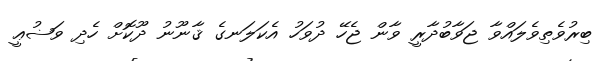
ބިރުވެތިވެލައްވާ ޖަވާބުދާރީ ވާން ޖެހޭ ދުވަހު އެކަލަނގެ ޤާނޫނު ދޫކޮށް ހެދި ވަޟުޢީ